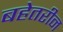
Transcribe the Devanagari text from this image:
बहेतरीन